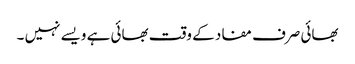
بھائی صرف مفاد کے وقت بھائی ہے ویسے نہیں ۔